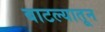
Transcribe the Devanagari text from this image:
बाटल्यातून